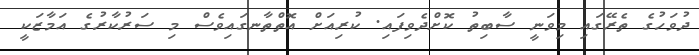
ދުވަހުގެ ތެރޭގައި މިވަނީ ސާބިތު ކޮށްދެވިފައި. ކުރިއަށް އޮތްތާނގައިވެސް މި ސަރުކާރުގެ އަމާޒަކީ